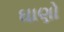
ઘાણો